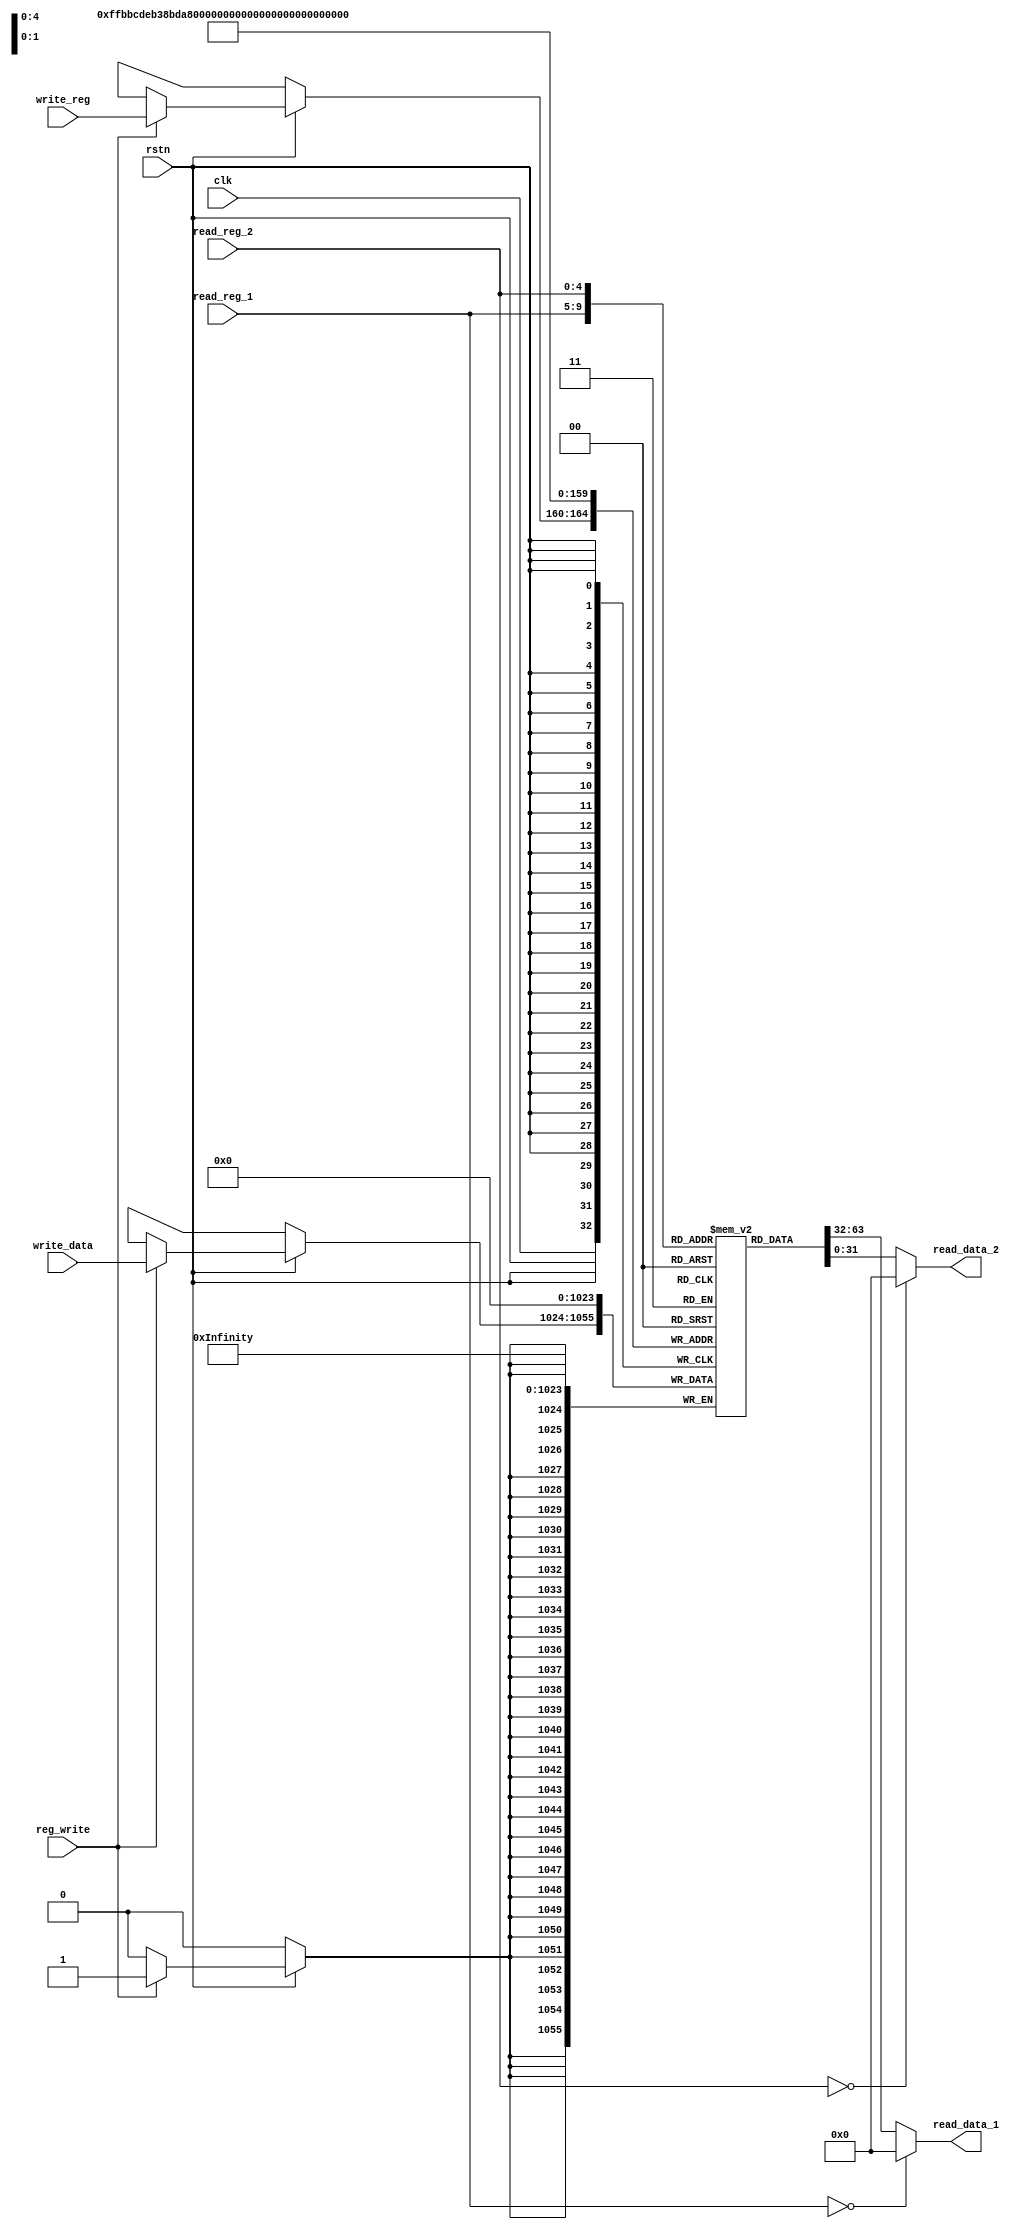
`timescale 1ns / 1ps
// 111652017

/* checkout FIGURE 4.7 */
module reg_file (
    input         clk,          // clock
    input         rstn,         // negative reset
    input  [ 4:0] read_reg_1,   // Read Register 1 (address)
    input  [ 4:0] read_reg_2,   // Read Register 2 (address)
    input         reg_write,    // RegWrite: write data when posedge clk
    input  [ 4:0] write_reg,    // Write Register (address)
    input  [31:0] write_data,   // Write Data
    output [31:0] read_data_1,  // Read Data 1
    output [31:0] read_data_2   // Read Data 2
);

    /* [step 1] How many bits per register? How many registers does MIPS have? */
    reg [31:0] registers[0:31];  // do not change its name

    /* [step 2] Read Registers */
    /* Remember to check whether register number is zero */
    assign read_data_1 = (read_reg_1 == 5'b0) ? 32'b0 : registers[read_reg_1];
    assign read_data_2 = (read_reg_2 == 5'b0) ? 32'b0 : registers[read_reg_2];

    /** Sequential Logic
     * `posedge clk` means that this block will execute when clk changes from 0 to 1 (positive edge trigger).
     * `negedge rstn` vice versa.
     * https://www.chipverify.com/verilog/verilog-always-block
     */
    /* [step 3] Write Registers */
   always @(posedge clk) begin
        if (rstn) begin  // make sure to check reset!
            if (reg_write) begin
                registers[write_reg] <= write_data;
            end
        end
    end
    /* [step 4] Reset Registers (wordy in Verilog, how about System Verilog?) */
    integer i;
    always @(negedge rstn) begin
        registers[0] <= 32'b0;
        registers[1] <= 32'b0;
        registers[2] <= 32'b0;
        registers[3] <= 32'b0;
        registers[4] <= 32'b0;
        registers[5] <= 32'b0;
        registers[6] <= 32'b0;
        registers[7] <= 32'b0;
        registers[8] <= 32'b0;
        registers[9] <= 32'b0;
        registers[10] <= 32'b0;
        registers[11] <= 32'b0;
        registers[12] <= 32'b0;
        registers[13] <= 32'b0;
        registers[14] <= 32'b0;
        registers[15] <= 32'b0;
        registers[16] <= 32'b0;
        registers[17] <= 32'b0;
        registers[18] <= 32'b0;
        registers[19] <= 32'b0;
        registers[20] <= 32'b0;
        registers[21] <= 32'b0; 
        registers[22] <= 32'b0;
        registers[23] <= 32'b0;
        registers[24] <= 32'b0;
        registers[25] <= 32'b0;
        registers[26] <= 32'b0;
        registers[27] <= 32'b0;
        registers[28] <= 32'b0;
        registers[29] <= 32'b0;
        registers[30] <= 32'b0;
        registers[31] <= 32'b0;
    end
endmodule